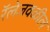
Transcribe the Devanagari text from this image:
रॅलेजवळील